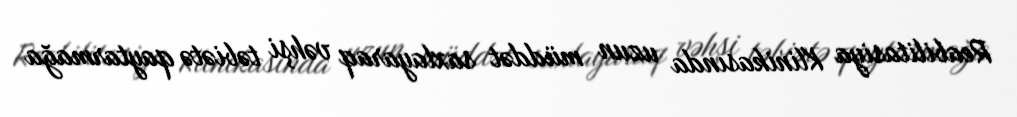
Reabilitasiya Klinikasında uzun müddət saxlayaraq vəhşi təbiətə qaytarmağa